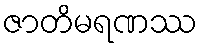
ဇာတိမရဏဿ